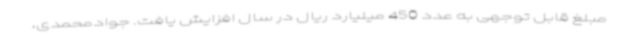
مبلغ قابل توجهی به عدد 450 میلیارد ریال در سال افزایش یافت. جوادمحمدی،